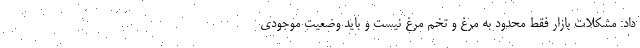
داد: مشکلات بازار فقط محدود به مرغ و تخم مرغ نیست و باید وضعیت موجودی